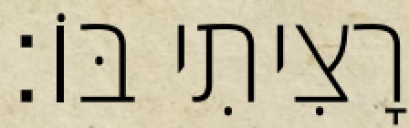
רָצִיתִי בּוֹ׃